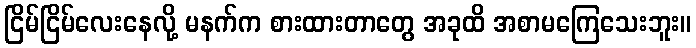
ငြိမ်ငြိမ်လေးနေလို့ မနက်က စားထားတာတွေ အခုထိ အစာမကြေသေးဘူး။